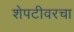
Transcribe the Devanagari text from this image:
शेपटीवरचा